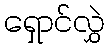
ရှောင်လွှဲ